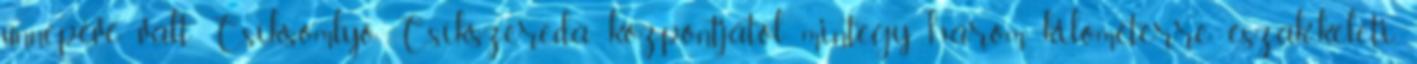
ünnepévé vált. Csíksomlyó Csíkszereda központjától mintegy három kilométerre észak-keleti